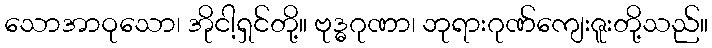
သောအာဝုသော၊ အိုငါ့ရှင်တို့။ ဗုဒ္ဓဂုဏာ၊ ဘုရားဂုဏ်ကျေးဇူးတို့သည်။